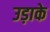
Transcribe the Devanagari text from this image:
उड़ाके